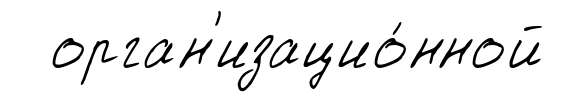
орган'изацио́нной